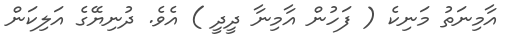
އާމިނަތު މަނިކެ ( ފަހުން އާމިނާ ދީދީ ) އެވެ. ދުނިޔޭގެ އަލިކަން